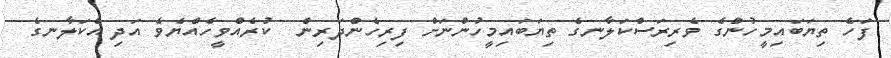
ފަހެ ތިޔަބައިމީހުންގެ ވެރިރަސްކަލާނގެ ތިޔަބައިމީހުންނަށް ފިރިހެންދަރިން  ކުރެއްވީހެއްޔެވެ އަދި އެކަލާނގެ